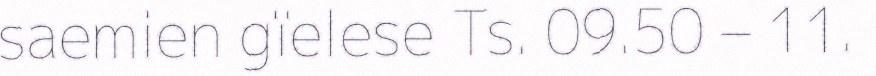
saemien gïelese Ts. 09.50 – 11.